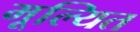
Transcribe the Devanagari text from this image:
मूल्यित